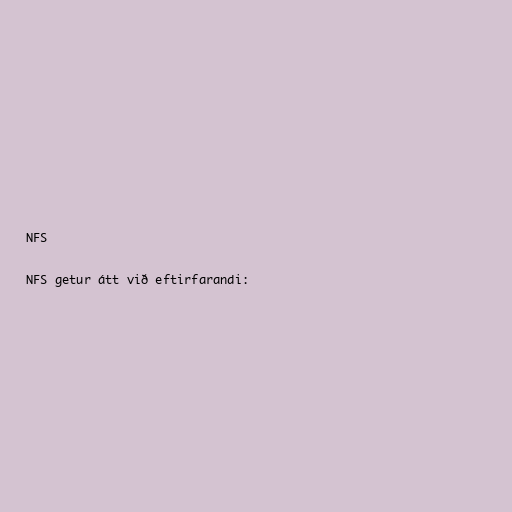
NFS

NFS getur átt við eftirfarandi: